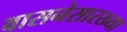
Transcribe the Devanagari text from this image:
वासनेसारख्या